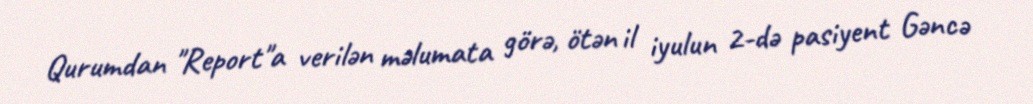
Qurumdan "Report"a verilən məlumata görə, ötən il iyulun 2-də pasiyent Gəncə